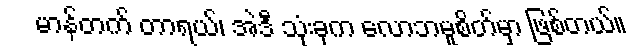
မာန်တက် တာရယ်၊ အဲဒီ သုံးခုက လောဘမူစိတ်မှာ ဖြစ်တယ်။